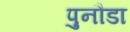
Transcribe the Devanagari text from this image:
पुनौडा